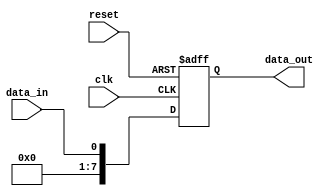
module SIPO_shift_register (
  input clk,
  input reset,
  input data_in,
  output reg [7:0] data_out
);

reg [7:0] reg0, reg1, reg2, reg3, reg4, reg5, reg6, reg7;

always @(posedge clk or posedge reset) begin
  if (reset) begin
    reg0 <= 1'b0;
    reg1 <= 1'b0;
    reg2 <= 1'b0;
    reg3 <= 1'b0;
    reg4 <= 1'b0;
    reg5 <= 1'b0;
    reg6 <= 1'b0;
    reg7 <= 1'b0;
  end else begin
    reg0 <= data_in;
    reg1 <= reg0;
    reg2 <= reg1;
    reg3 <= reg2;
    reg4 <= reg3;
    reg5 <= reg4;
    reg6 <= reg5;
    reg7 <= reg6;
  end
end

assign data_out = {reg7, reg6, reg5, reg4, reg3, reg2, reg1, reg0};

endmodule